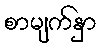
စာမျက်နှာ